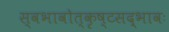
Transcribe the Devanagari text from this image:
स्वभावोत्कृष्टसद्भावः